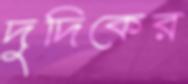
দুদিকের